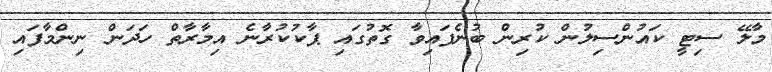
މާލޭ ސިޓީ ކައުންސިލުން ކުރިން ބުނެފައިވާ ގޮތުގައި ޕާކުކުރާނެ އިމާރާތް ހަދަން ނިންމާފައި